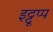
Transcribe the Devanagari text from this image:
इट्टूप्प